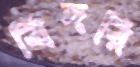
বিদরি